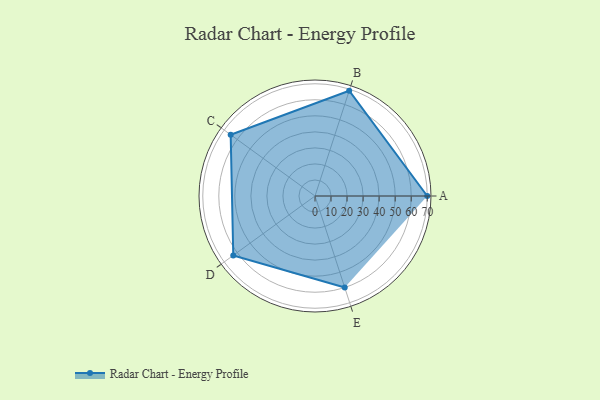
{"axis": {"x": "Skill", "y": "Score"}, "legend": ["Profile"], "data": [{"x": "A", "y": 70.0, "type": "Profile"}, {"x": "B", "y": 69.0, "type": "Profile"}, {"x": "C", "y": 65.0, "type": "Profile"}, {"x": "D", "y": 63.0, "type": "Profile"}, {"x": "E", "y": 60.0, "type": "Profile"}]}